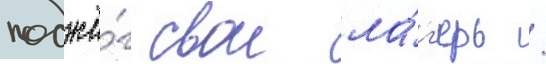
поджё́г свои ла́г'ерь /